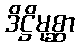
ဒိဋ္ဌိမုစ္ဆာ